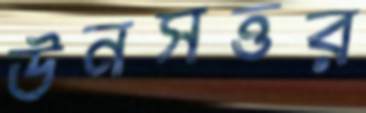
ঊনসত্তর